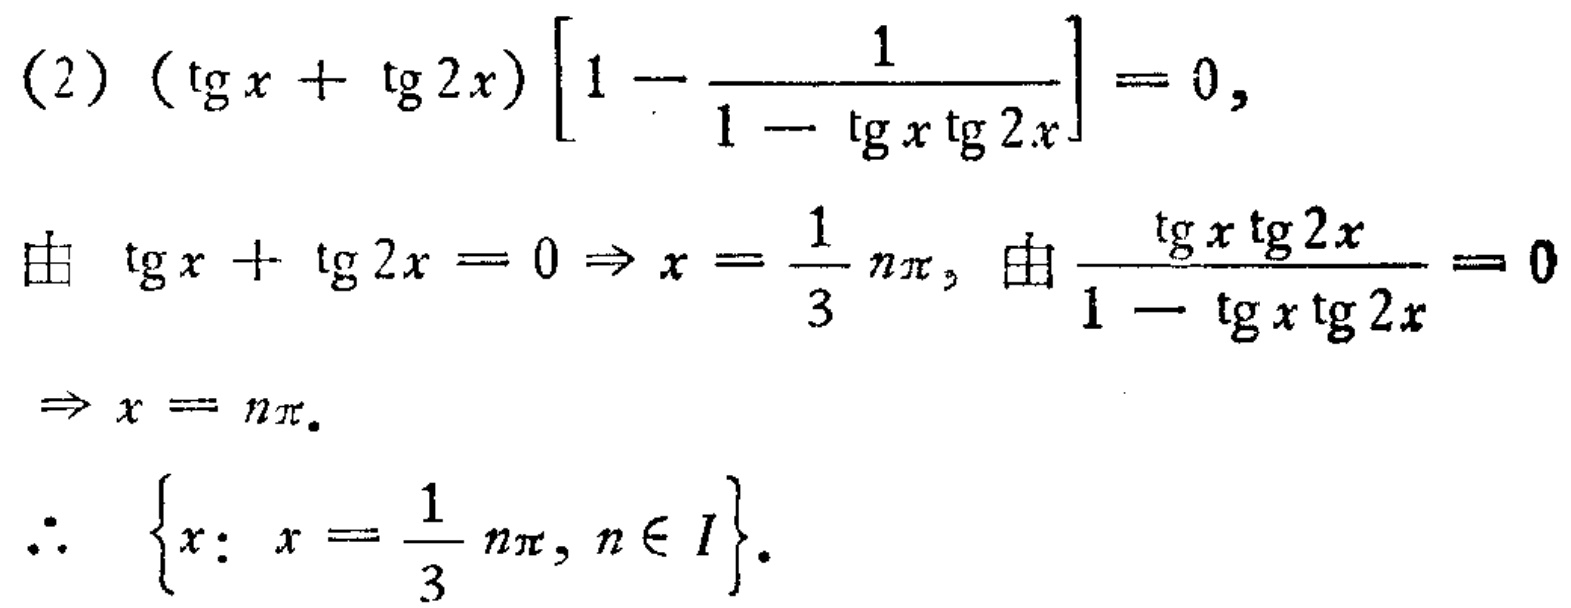
\((2)\ (\mathrm{tg}\,x + \mathrm{tg}\,2x)\left[1 - \frac{1}{1 - \mathrm{tg}\,x\mathrm{tg}\,2x}\right] = 0,\)
由 \(\mathrm{tg}\,x + \mathrm{tg}\,2x = 0 \Rightarrow x = \frac{1}{3}n\pi\)，由\(\frac{\mathrm{tg}\,x\mathrm{tg}\,2x}{1 - \mathrm{tg}\,x\mathrm{tg}\,2x}= 0\)
\(\Rightarrow x = n\pi\)。
\(\therefore\ \{x: x = \frac{1}{3}n\pi, n\in I\}\)。